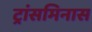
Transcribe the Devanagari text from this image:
ट्रांसमिनास